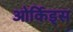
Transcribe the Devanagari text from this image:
ओर्किड्स